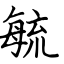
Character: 毓